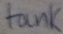
Text: tank